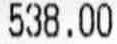
538.00